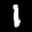
Label: 1